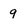
Character: 9